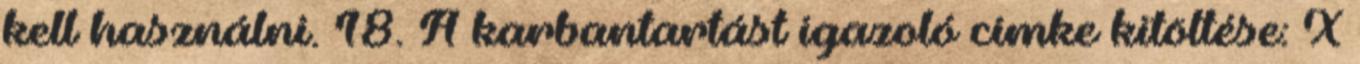
kell használni. 18. A karbantartást igazoló címke kitöltése: X